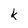
Character: k